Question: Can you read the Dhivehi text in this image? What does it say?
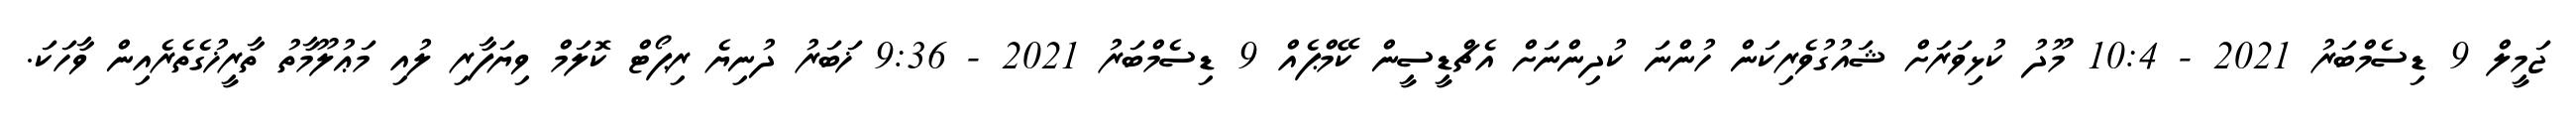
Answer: ޖަމީލް 9 ޑިސެމްބަރު 2021 - 10:4 މޫދު ކުޅިވަރަށް ޝައުގުވެރިކަން ހުންނަ ކުދިންނަށް އެޗްޑީސީން ކޭމްޕެއް 9 ޑިސެމްބަރު 2021 - 9:36 ޚަބަރު ދުނިޔެ ރިޕޯޓް ކޮލަމް ވިޔަފާރި ލުއި މަޢުލޫމާތު ތާރީޚުގެތެރެއިން ވާހަކަ.